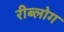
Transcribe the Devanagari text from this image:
रीब्लोग